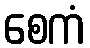
စေကံ